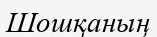
Шошқаның